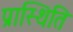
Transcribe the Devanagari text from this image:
प्रास्थिति